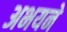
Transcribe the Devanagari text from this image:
अभयने